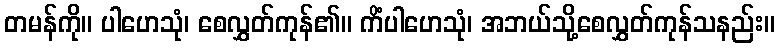
တမန်ကို။ ပါဟေသုံ၊ စေလွှတ်ကုန်၏။ ကိံပါဟေသုံ၊ အဘယ်သို့စေလွှတ်ကုန်သနည်း။